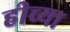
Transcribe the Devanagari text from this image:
हीच्या